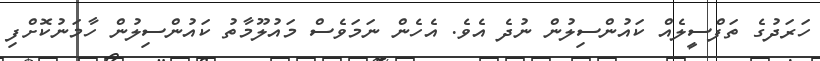
ހަރަދުގެ ތަފްސީލެއް ކައުންސިލުން ނުދެ އެވެ. އެހެން ނަމަވެސް މައުލޫމާތު ކައުންސިލުން ހާމަނުކޮށްފި